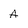
Character: a